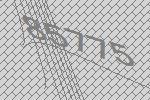
85775